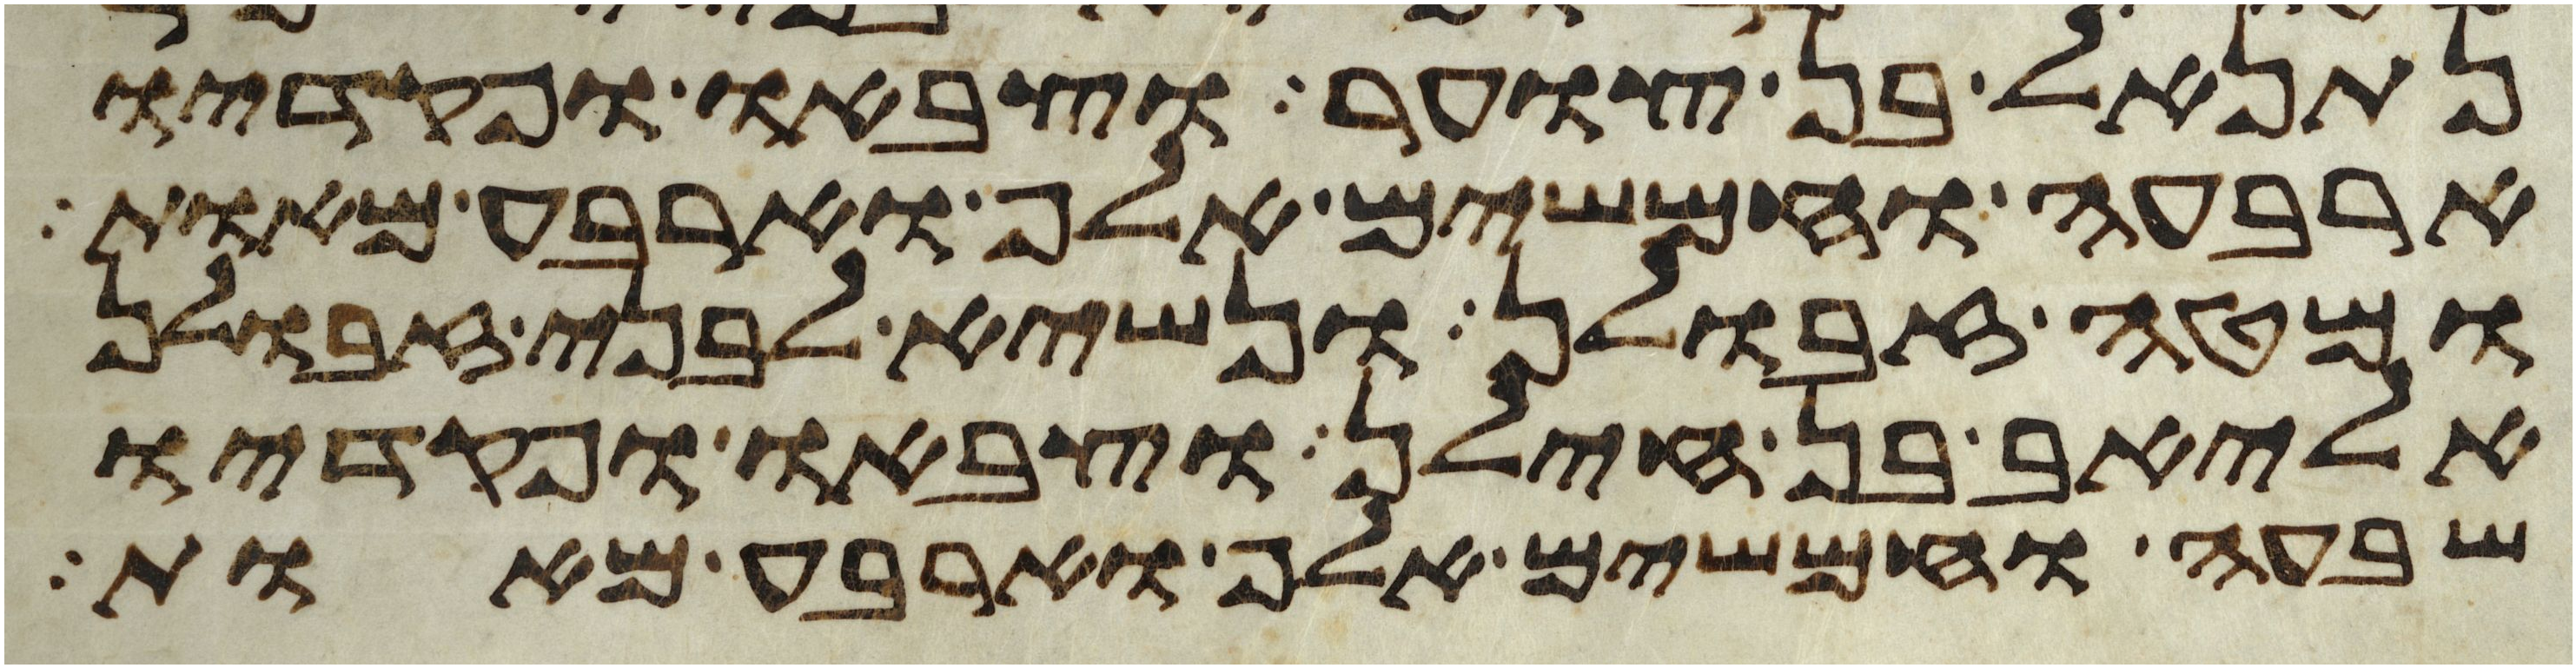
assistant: נתנאל בן צוער וצבאו ופקדיו
ארבעה וחמשים אלף וארבע מאות
ומטה זבולן ונשיא לבני זבולן
אליאב בן חילן וצבאו ופקדיו
שבעה וחמשים אלף וארבע מאות